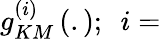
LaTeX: g_{KM}^{\left(i\right)}\left(.\right);\ \ i=